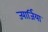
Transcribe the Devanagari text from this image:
ज्यार्जिया